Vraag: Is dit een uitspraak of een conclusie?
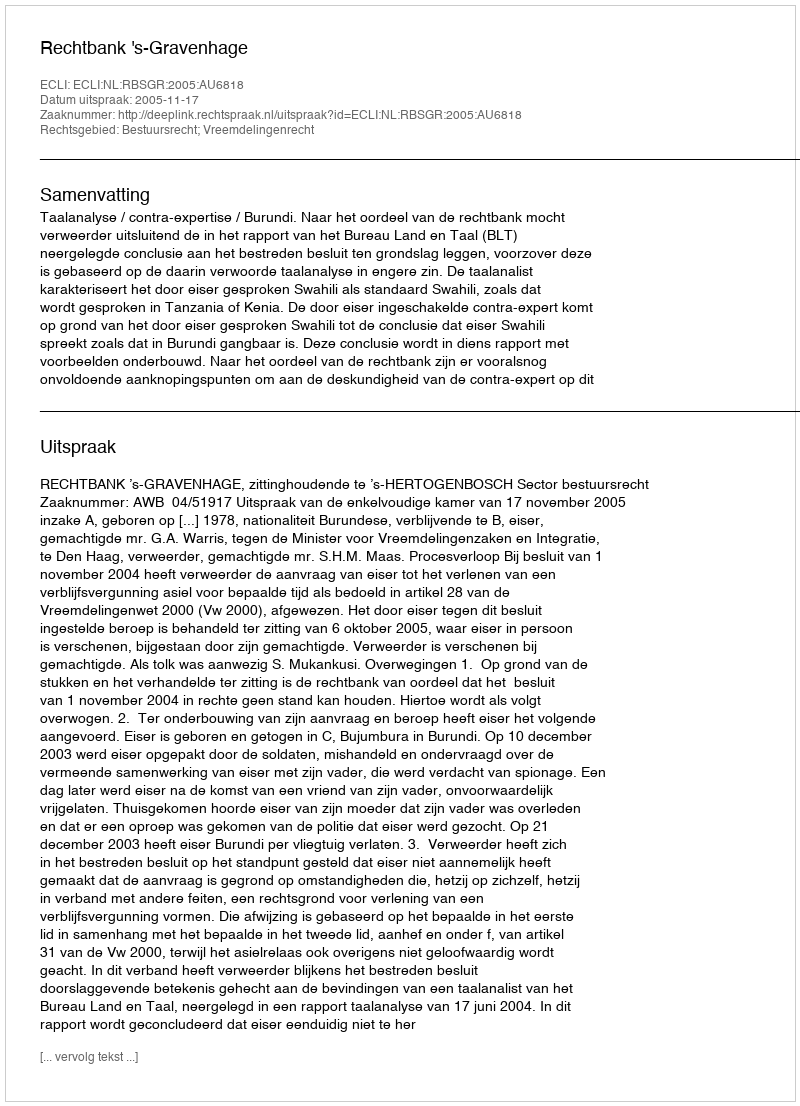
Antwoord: Uitspraak